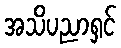
အသိပညာရှင်